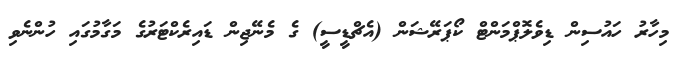
މިހާރު ހައުސިން ޑިވެލޮޕްމަންޓް ކޯޕަރޭޝަން (އެޗްޑީސީ) ގެ މެނޭޖިން ޑައިރެކްޓަރުގެ މަގާމުގައި ހުންނެވި